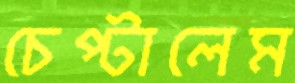
চেপ্‌টালেম